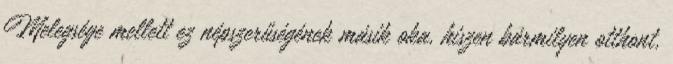
Melegsége mellett ez népszerűségének másik oka, hiszen bármilyen otthont,